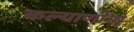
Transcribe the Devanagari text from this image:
कल्‍याणीमा